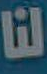
لنا